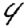
Digit: 4